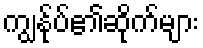
ကျွန်ုပ်၏ဆိုက်များ